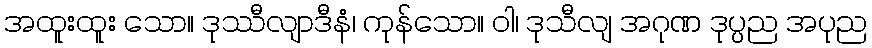
အထူးထူး သော။ ဒုဿီလျာဒီနံ၊ ကုန်သော။ ဝါ၊ ဒုသီလျ အဂုဏ ဒုပ္ပည အပုည